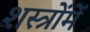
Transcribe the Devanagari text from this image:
शस्त्रोंमें